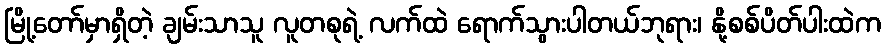
မြို့တော်မှာရှိတဲ့ ချမ်းသာသူ လူတစုရဲ့ လက်ထဲ ရောက်သွားပါတယ်ဘုရား၊ နို့စစ်ပိတ်ပါးထဲက